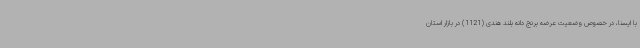
با ایسنا، در خصوص وضعیت عرضه برنج دانه بلند هندی (1121) در بازار استان